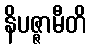
နိပဇ္ဇာမီတိ